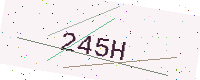
Text: 245H